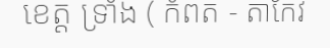
ខេត្ត ទ្រាំង ( កំពត - តាកែវ